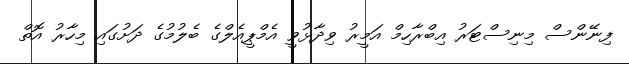
ފިނޭންސް މިނިސްޓަރު އިބްރާހިމް އަމީރު ވިދާޅުވީ އެމްޕީއެލްގެ ބެލުމުގެ ދަށުގައި މިހާރު އޮތް